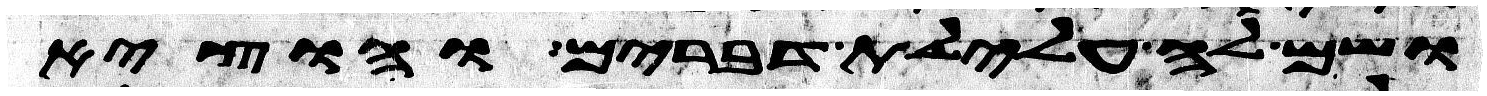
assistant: ושם לה עלילת דברים והוציא